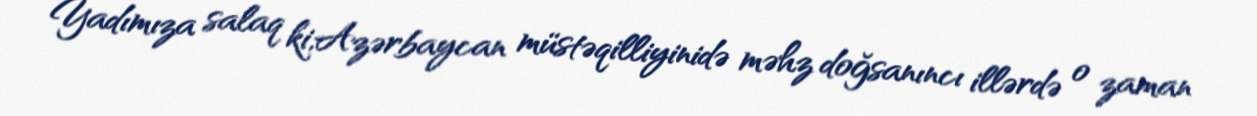
Yadımıza salaq ki,Azərbaycan müstəqilliyinidə məhz doğsanıncı illərdə o zaman